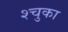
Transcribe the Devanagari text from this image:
श्चुका